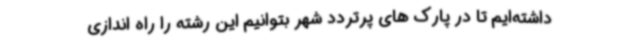
داشته‌ایم تا در پارک های پرتردد شهر بتوانیم این رشته را راه اندازی